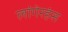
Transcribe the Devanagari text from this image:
लांगेरहंस